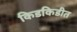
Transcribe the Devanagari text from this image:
किडकिडीत